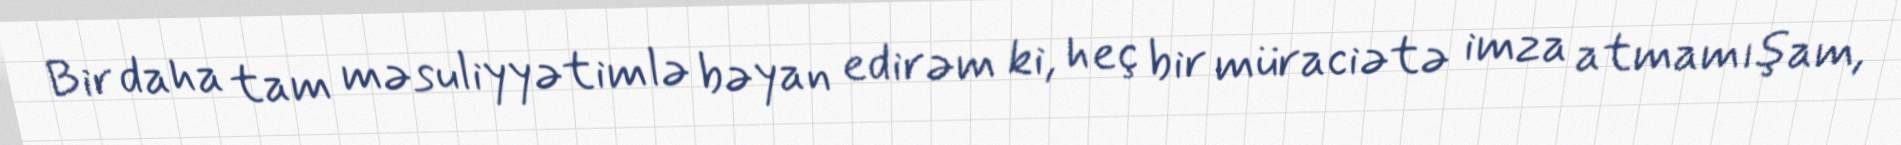
Bir daha tam məsuliyyətimlə bəyan edirəm ki, heç bir müraciətə imza atmamışam,